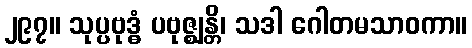
၂၉၇။ သုပ္ပဗုဒ္ဓံ ပဗုဇ္ဈန္တိ၊ သဒါ ဂေါတမသာဝကာ။